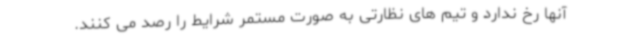
آنها رخ ندارد و تیم های نظارتی به صورت مستمر شرایط را رصد می کنند.